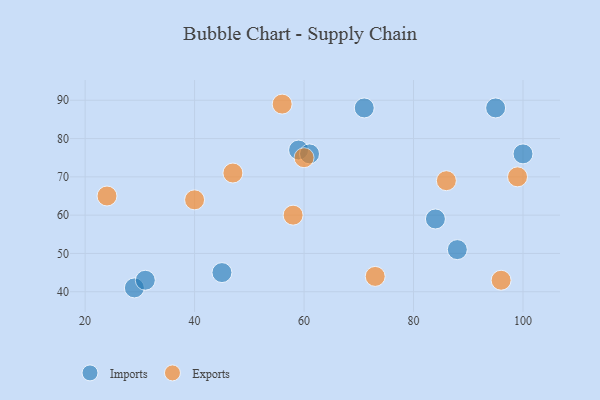
{"axis": {"x": "GDP", "y": "Life Expectancy"}, "legend": ["Exports", "Imports"], "data": [{"x": "88", "y": 51, "type": "Imports"}, {"x": "45", "y": 45, "type": "Imports"}, {"x": "59", "y": 77, "type": "Imports"}, {"x": "95", "y": 88, "type": "Imports"}, {"x": "61", "y": 76, "type": "Imports"}, {"x": "100", "y": 76, "type": "Imports"}, {"x": "29", "y": 41, "type": "Imports"}, {"x": "71", "y": 88, "type": "Imports"}, {"x": "31", "y": 43, "type": "Imports"}, {"x": "84", "y": 59, "type": "Imports"}, {"x": "73", "y": 44, "type": "Exports"}, {"x": "47", "y": 71, "type": "Exports"}, {"x": "24", "y": 65, "type": "Exports"}, {"x": "56", "y": 89, "type": "Exports"}, {"x": "86", "y": 69, "type": "Exports"}, {"x": "96", "y": 43, "type": "Exports"}, {"x": "58", "y": 60, "type": "Exports"}, {"x": "40", "y": 64, "type": "Exports"}, {"x": "60", "y": 75, "type": "Exports"}, {"x": "99", "y": 70, "type": "Exports"}]}